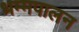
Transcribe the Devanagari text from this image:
धम्मपालन